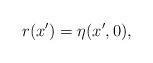
LaTeX: \begin{align*}r(x^\prime) = \eta(x^\prime, 0),\end{align*}